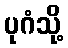
ပုဂံသို့